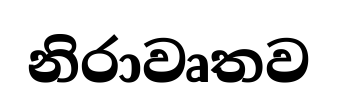
නිරාවෘතව